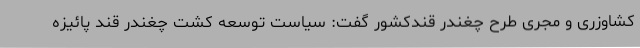
کشاوزری و مجری طرح چغندر قندکشور گفت: سیاست توسعه کشت چغندر قند پائیزه